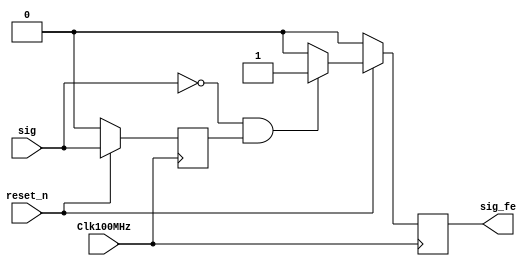
`timescale 1ns / 1ps
//////////////////////////////////////////////////////////////////////////////////
// Company: 
// Engineer: 
// 
// Design Name: 
// Module Name: fe_detect
// Project Name: 
// Target Devices: 
// Tool Versions: 
// Description: 
// 
// Dependencies: 
// 
// Revision:
// Revision 0.01 - File Created
// Additional Comments:
// 
//////////////////////////////////////////////////////////////////////////////////


module fe_dectect(Clk100MHz, reset_n, sig, sig_fe);
    input Clk100MHz, reset_n, sig;
    output reg sig_fe;
    reg sig_D1;
    
    always @(posedge Clk100MHz) begin
        if(!reset_n) 
            sig_D1 <= 0;
        else
            sig_D1 <= sig;    
    end
        
    always @(posedge Clk100MHz)
        if(!reset_n)
            sig_fe <= 0;
        else if(!sig & sig_D1)
            sig_fe <= 1;
        else
            sig_fe <= 0;        
    
    
endmodule